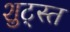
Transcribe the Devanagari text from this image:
शुट्स्त